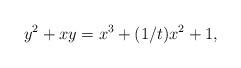
LaTeX: \begin{align*}y^2 + xy = x^3 + (1/t) x^2 + 1,\end{align*}